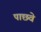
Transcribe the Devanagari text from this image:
पाछवे